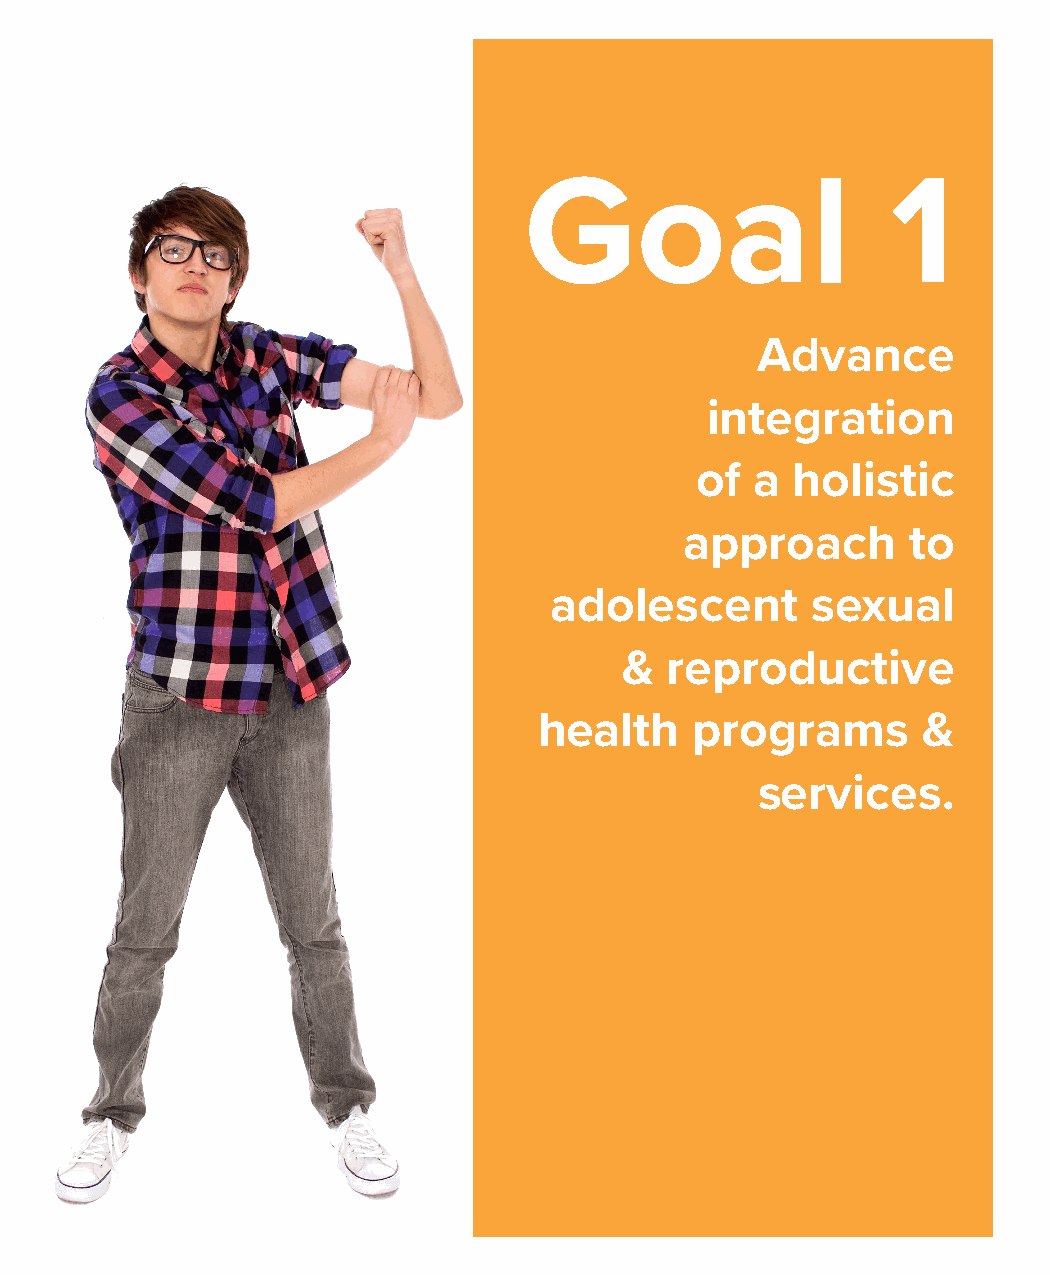
Goal                    1
 Advance
 integration
 of  a  holistic
 approach       to
 adolescent        sexual
 &  reproductive
 health    programs       &
 services.